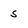
Character: 5